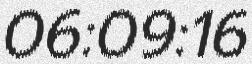
06:09:16